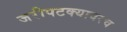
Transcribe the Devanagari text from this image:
जरीपटक्यावरच